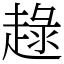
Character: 趢